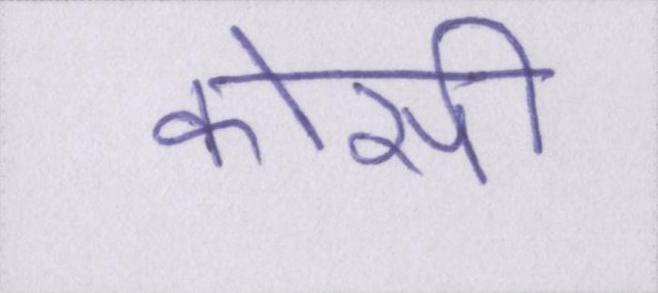
कोसी